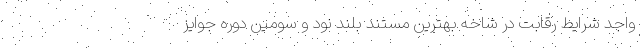
واجد شرایط رقابت در شاخه بهترین مستند بلند نود و سومین دوره جوایز